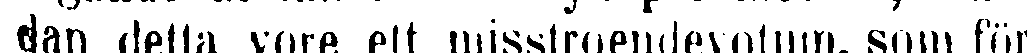
dan detta vore ett misstroendevotum, som för-